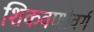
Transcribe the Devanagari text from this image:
शिकवणीवर्ग